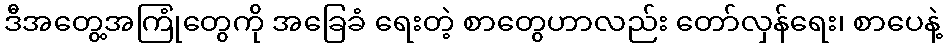
ဒီအတွေ့အကြုံတွေကို အခြေခံ ရေးတဲ့ စာတွေဟာလည်း တော်လှန်ရေး၊ စာပေနဲ့